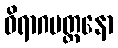
ဝိရာဂမတ္တနော